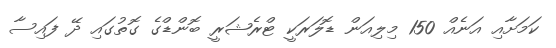
ކަމަށާއި އަނެއް 150 މިލިއަން ޑޮލަރަކީ ޓްރެޝަރީ ބޮންޑްގެ ގޮތުގައި ދޭ ފައިސާ